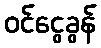
ဝင်ငွေခွန်